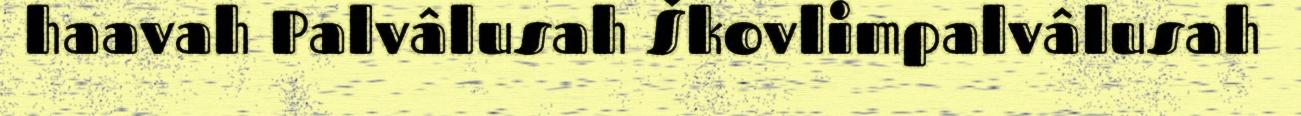
haavah Palvâlusah Škovlimpalvâlusah